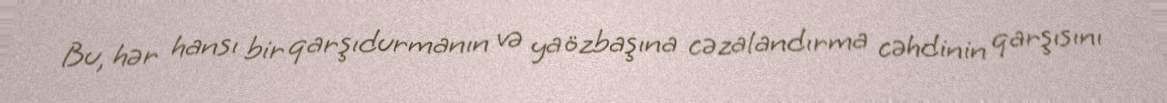
Bu, hər hansı bir qarşıdurmanın və ya özbaşına cəzalandırma cəhdinin qarşısını